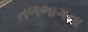
તળભાગના